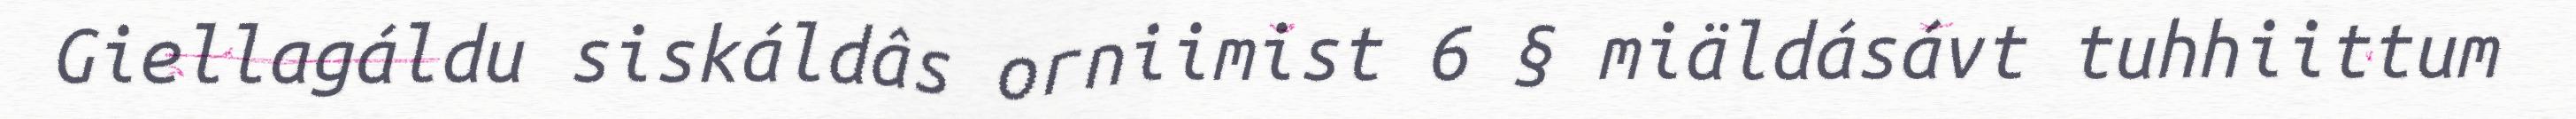
Giellagáldu siskáldâs orniimist 6 § miäldásávt tuhhiittum